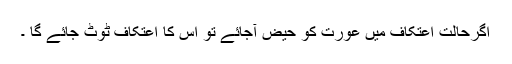
اگرحالتِ اعتکاف میں عورت کو حیض آجائے تو اس کا اعتکاف ٹوٹ جائے گا ۔